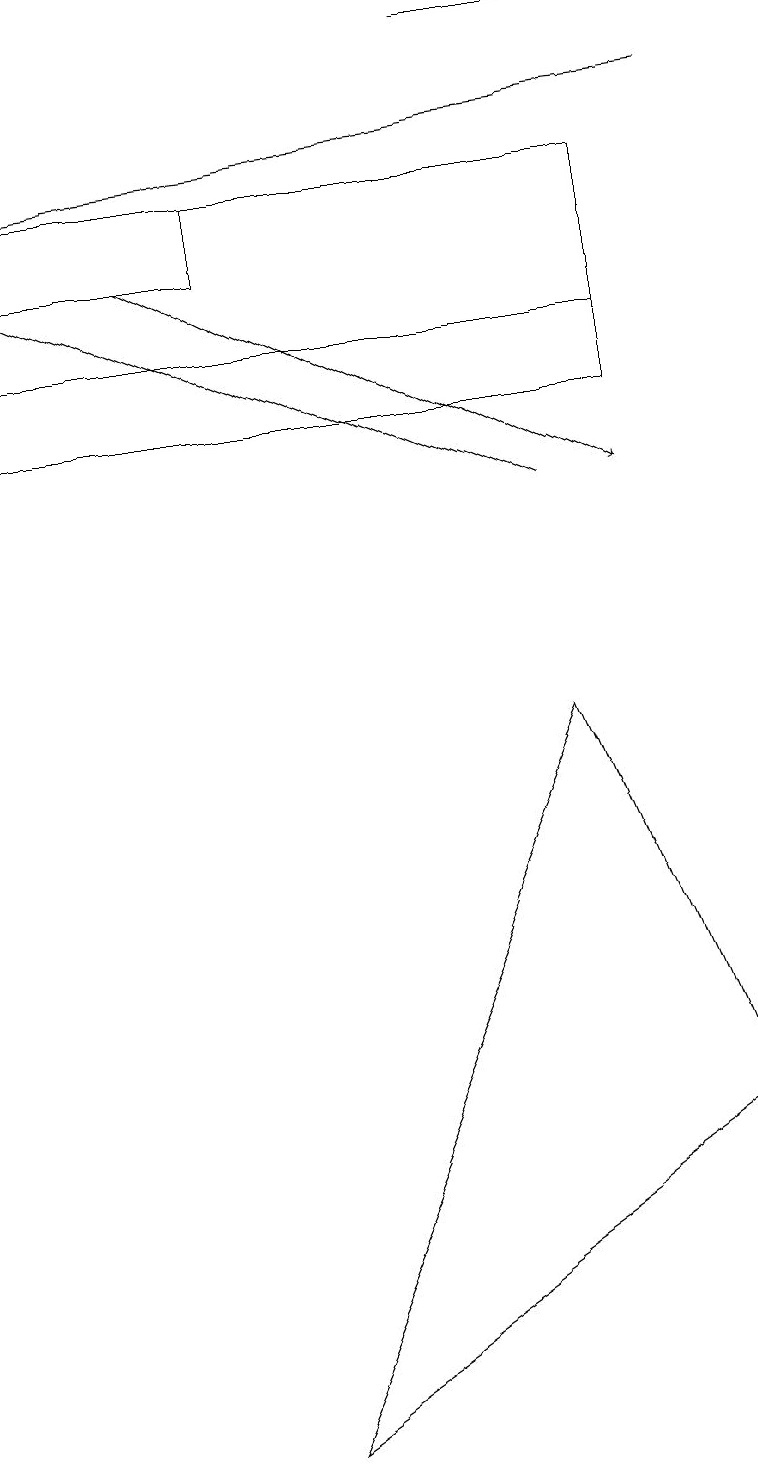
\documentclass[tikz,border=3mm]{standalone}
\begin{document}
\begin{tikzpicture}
\draw (7,9) -- (3,0) -- (9,4) -- cycle;
\draw (0,16) rectangle (3,15);
\draw (8,16) rectangle (0,13);
\draw[->] (2,15) -- (8,12);
\draw[->] (7,12) -- (0,15);
\draw[->] (9,17) -- (0,16);
\draw (8,18) rectangle (6,18);
\draw (0,14) rectangle (8,13);
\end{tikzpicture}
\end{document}